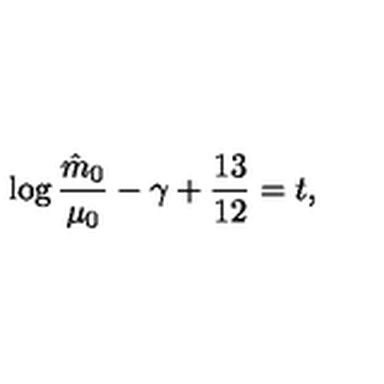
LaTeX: \log { \frac { \hat { m } _ { 0 } } { \mu _ { 0 } } } - \gamma + { \frac { 1 3 } { 1 2 } } = t ,